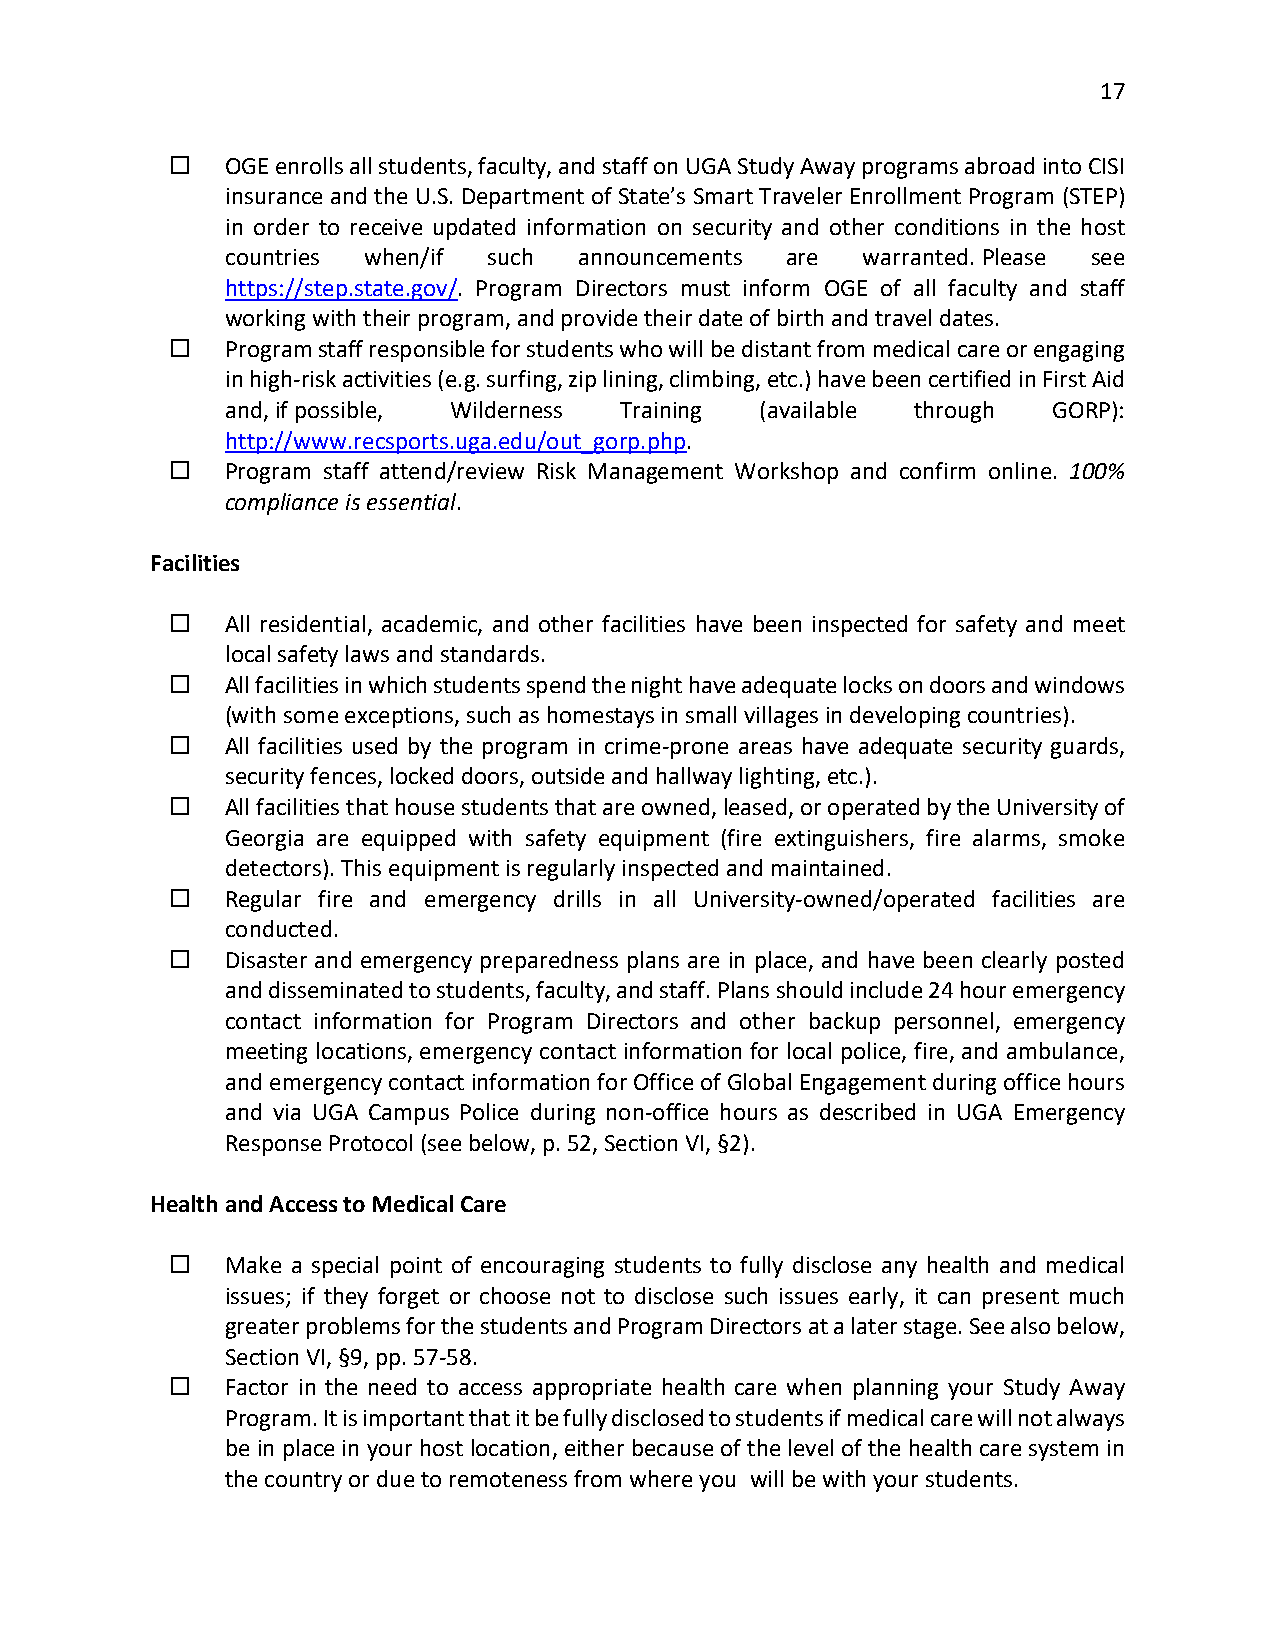
17
    OGE enrolls all students, faculty, and staff on UGA Study Away programs abroad into CISI
 insurance and the U.S. Department of State’s Smart Traveler Enrollment Program (STEP)
 in order to receive updated information on security and other conditions in the host
 countries when/if such announcements are  warranted. Please see
 https://step.state.gov/. Program Directors must inform OGE of all faculty and staff
 working with their program, and provide their date of birth and travel dates.
    Program staff responsible for students who will be distant from medical care or engaging
 in high-risk activities (e.g. surfing, zip lining, climbing, etc.) have been certified in First Aid
 and, if possible, Wilderness Training (available through GORP):
 http://www.recsports.uga.edu/out_gorp.php.
    Program staff attend/review Risk Management Workshop and confirm online. 100%
 compliance is essential.
 Facilities
    All residential, academic, and other facilities have been inspected for safety and meet
 local safety laws and standards.
    All facilities in which students spend the night have adequate locks on doors and windows
 (with some exceptions, such as homestays in small villages in developing countries).
    All facilities used by the program in crime-prone areas have adequate security guards,
 security fences, locked doors, outside and hallway lighting, etc.).
    All facilities that house students that are owned, leased, or operated by the University of
 Georgia are equipped with safety equipment (fire extinguishers, fire alarms, smoke
 detectors). This equipment is regularly inspected and maintained.
    Regular fire and emergency drills in all University-owned/operated facilities are
 conducted.
    Disaster and emergency preparedness plans are in place, and have been clearly posted
 and disseminated to students, faculty, and staff. Plans should include 24 hour emergency
 contact information for Program Directors and other backup personnel, emergency
 meeting locations, emergency contact information for local police, fire, and ambulance,
 and emergency contact information for Office of Global Engagement during office hours
 and via UGA Campus Police during non-office hours as described in UGA Emergency
 Response Protocol (see below, p. 52, Section VI, §2).
 Health and Access to Medical Care
    Make a special point of encouraging students to fully disclose any health and medical
 issues; if they forget or choose not to disclose such issues early, it can present much
 greater problems for the students and Program Directors at a later stage. See also below,
 Section VI, §9, pp. 57-58.
    Factor in the need to access appropriate health care when planning your Study Away
 Program. It is important that it be fully disclosed to students if medical care will not always
 be in place in your host location, either because of the level of the health care system in
 the country or due to remoteness from where you will be with your students.